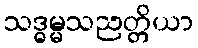
သဒ္ဓမ္မသညတ္တိယာ